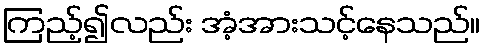
ကြည့်၍လည်း အံ့အားသင့်နေသည်။